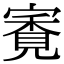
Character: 𡪳